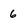
Character: 6